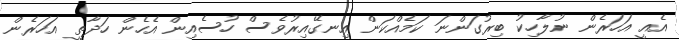
އެއީ އަހަރެން ނުލާހިކު ބިރުގަންނަ ކަމެއްކަން އިނގޭއިރުވެސް ހުސެއިން އެހެން ހަދާތީ އަހަރެން